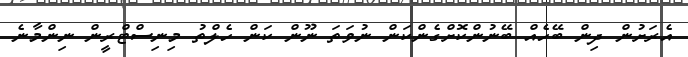
އެރަށުން ދިން ބޭހެއް ބޭނުންކޮށްގެންކަން ނުވަތަ ނޫން ކަން ހެލްތު މިނިސްޓްރީން ނިންމާނެ